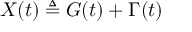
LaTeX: X ( t ) \triangleq G ( t ) + \Gamma ( t )